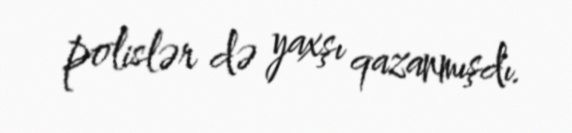
polislər də yaxşı qazanmışdı.